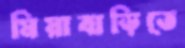
মিয়াবাড়িতে